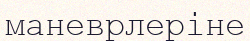
маневрлеріне